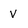
Character: V